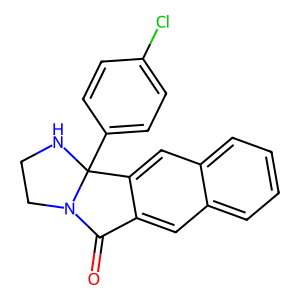
SMILES: O=C1c2cc3ccccc3cc2C2(c3ccc(Cl)cc3)NCCN12
Inhibits HIV replication: No